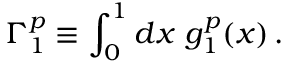
\Gamma _ { 1 } ^ { p } \equiv \int _ { 0 } ^ { 1 } d x ~ g _ { 1 } ^ { p } ( x ) \, .